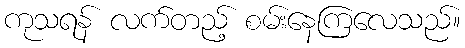
ကုသရန် လက်တည့် စမ်းနေကြလေသည်။